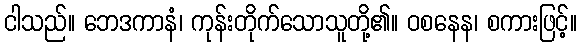
ငါသည်။ ဘေဒကာနံ၊ ကုန်းတိုက်သောသူတို့၏။ ဝစနေန၊ စကားဖြင့်။